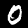
Label: 0